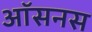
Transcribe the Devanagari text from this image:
ऑसनस